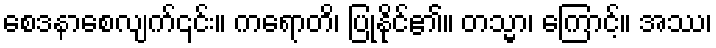
စေဒနာစေလျက်၎င်း။ ကရောတိ၊ ပြုနိုင်၏။ တသ္မာ၊ ကြောင့်။ အဿ၊